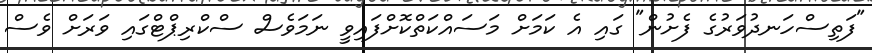
"ފަތިސްހަނދުވަރުގެ ފެށުން" ގައި އެ ކަމަށް މަސައްކަތްކޮށްފައިވީ ނަމަވެސް ސްކްރިޕްޓްގައި ވަރަށް ވެސް